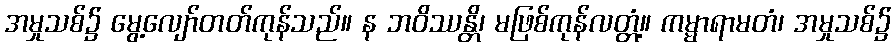
အမှုသစ်၌ မွေ့လျော်တတ်ကုန်သည်။ န ဘဝိဿန္တိ၊ မဖြစ်ကုန်လတ္တံ့။ ကမ္မာရာမတံ၊ အမှုသစ်၌